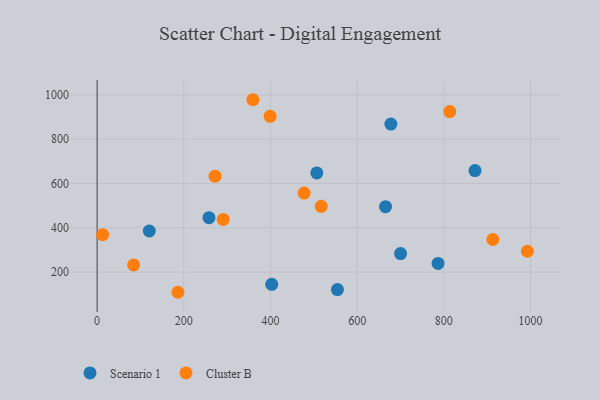
{"axis": {"x": "Study Hours", "y": "Yield"}, "legend": ["Cluster B", "Scenario 1"], "data": [{"x": "402.9", "y": 145.1, "type": "Scenario 1"}, {"x": "677.8", "y": 867.9, "type": "Scenario 1"}, {"x": "871.9", "y": 658.3, "type": "Scenario 1"}, {"x": "120.4", "y": 385.5, "type": "Scenario 1"}, {"x": "506.9", "y": 647.7, "type": "Scenario 1"}, {"x": "554.4", "y": 121.5, "type": "Scenario 1"}, {"x": "700.2", "y": 283.6, "type": "Scenario 1"}, {"x": "258.1", "y": 445.8, "type": "Scenario 1"}, {"x": "665.4", "y": 495.6, "type": "Scenario 1"}, {"x": "786.6", "y": 239.2, "type": "Scenario 1"}, {"x": "359.5", "y": 978.0, "type": "Cluster B"}, {"x": "912.9", "y": 347.3, "type": "Cluster B"}, {"x": "517.1", "y": 496.8, "type": "Cluster B"}, {"x": "399.2", "y": 903.2, "type": "Cluster B"}, {"x": "992.7", "y": 294.3, "type": "Cluster B"}, {"x": "290.9", "y": 437.8, "type": "Cluster B"}, {"x": "477.7", "y": 556.9, "type": "Cluster B"}, {"x": "12.7", "y": 368.8, "type": "Cluster B"}, {"x": "272.1", "y": 632.9, "type": "Cluster B"}, {"x": "813.7", "y": 924.4, "type": "Cluster B"}, {"x": "84.2", "y": 232.3, "type": "Cluster B"}, {"x": "186.5", "y": 109.1, "type": "Cluster B"}]}